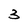
Character: 3